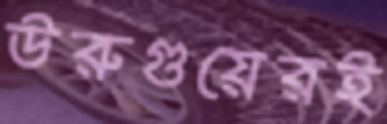
উরুগুয়েরই